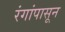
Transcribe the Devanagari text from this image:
रंगांपासून